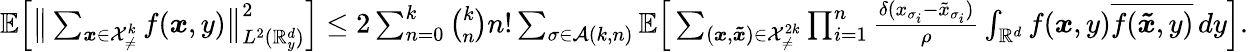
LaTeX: \begin{array}{r}{\mathbb{E}\Big[\big\lVert\sum_{\boldsymbol{x}\in\mathcal{X}_{\neq}^{k}}f(\boldsymbol{x},y)\big\rVert_{L^{2}(\mathbb{R}_{y}^{d})}^{2}\Big]\leq 2\sum_{n=0}^{k}\binom{k}{n}n!\sum_{\sigma\in\mathcal{A}(k,n)}\mathbb{E}\Big[\sum_{(\boldsymbol{x},\boldsymbol{\tilde{x}})\in\mathcal{X}_{\neq}^{2k}}\prod_{i=1}^{n}\frac{\delta(x_{\sigma_{i}}-\tilde{x}_{\sigma_{i}})}{\rho}\int_{\mathbb{R}^{d}}f(\boldsymbol{x},y)\overline{{f(\boldsymbol{\tilde{x}},y)}}\, dy\Big].}\end{array}